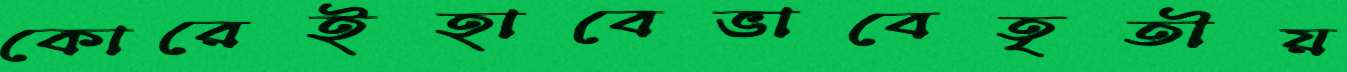
কোরেইহাবেভাবেতৃতীয়